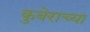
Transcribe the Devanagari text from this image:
कुबेराच्या